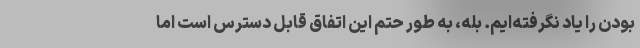
بودن را یاد نگرفته‌ایم. بله، به طور حتم این اتفاق قابل دسترس است اما